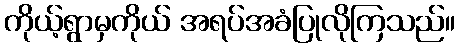
ကိုယ့်ရွာမှကိုယ် အရပ်အခံပြုလိုကြသည်။